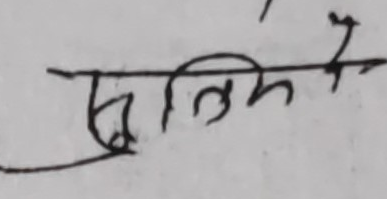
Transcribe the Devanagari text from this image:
सुतिमे